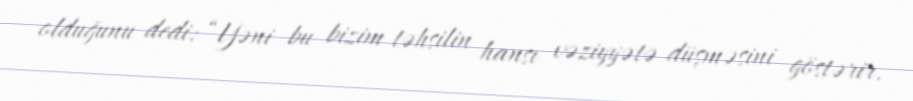
olduğunu dedi: “Yəni bu bizim təhsilin hansı vəziyyətə düşməsini göstərir.